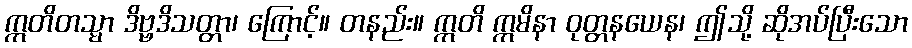
ဣတိတသ္မာ ဒိဗ္ဗဒိသတ္တာ၊ ကြောင့်။ တနည်း။ ဣတိ ဣမိနာ ဝုတ္တနယေန၊ ဤသို့ ဆိုအပ်ပြီးသော